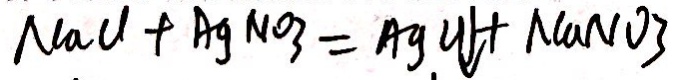
N a C l + A g N O _ { 3 } = A g C l \downarrow + N a N O _ { 3 }